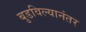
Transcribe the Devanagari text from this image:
बुडविल्यानंतर